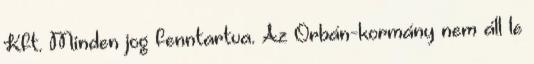
Kft. Minden jog fenntartva. Az Orbán-kormány nem áll le